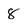
Character: 8